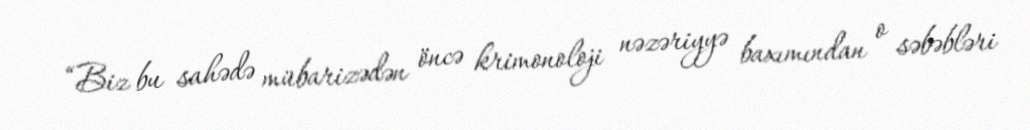
“Biz bu sahədə mübarizədən öncə krimonoloji nəzəriyyə baxımından o səbəbləri